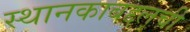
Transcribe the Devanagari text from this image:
स्थानकाबद्दलची